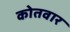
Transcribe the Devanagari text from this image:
कोतवार